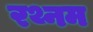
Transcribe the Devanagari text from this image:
रथ्नम